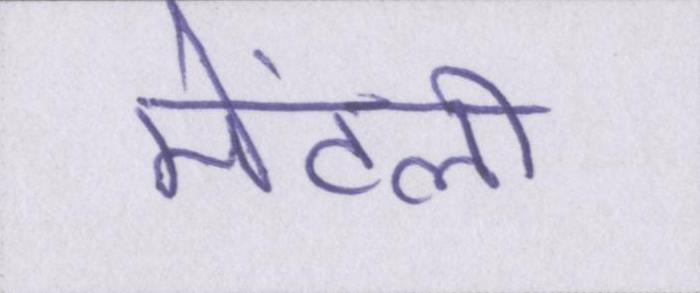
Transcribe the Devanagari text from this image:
मेंटली